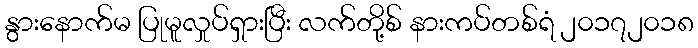
နွားနောက်မ ပြုမူလှုပ်ရှားပြီး လက်တို့စ် နားကပ်တစ်ရံ ၂၀၁၇၂၀၁၈